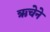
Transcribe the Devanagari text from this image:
ऋचेने